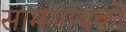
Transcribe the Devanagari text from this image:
सामगायकों